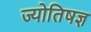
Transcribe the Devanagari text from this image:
ज्योतिषज्ञ